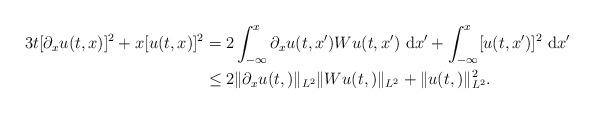
LaTeX: \begin{align*}\begin{aligned}3t [ \partial_x u(t,x)]^2 + x [u(t,x)]^2 & = 2\int_{-\infty}^x \partial_x u(t,x') Wu(t,x') ~\mathrm{d}x' + \int_{-\infty}^x [u(t,x')]^2 ~\mathrm{d}x'\\& \leq 2\|\partial_x u(t,)\|_{L^2} \|Wu(t,)\|_{L^2} + \|u(t,)\|_{L^2}^2.\end{aligned}\end{align*}